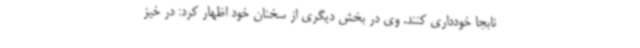
نابجا خودداری کنند. وی در بخش دیگری از سخنان خود اظهار کرد: در خیز